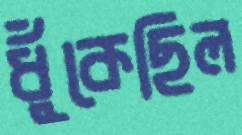
ধুঁকেছিল